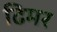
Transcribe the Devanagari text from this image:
ढिमर